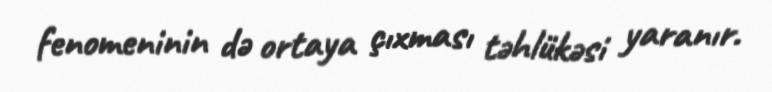
fenomeninin də ortaya çıxması təhlükəsi yaranır.